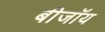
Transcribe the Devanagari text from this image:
बीजॉय